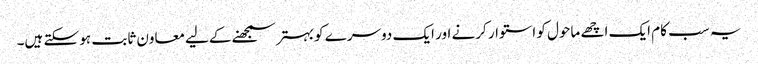
یہ سب کام ایک اچھے ماحول کو استوار کرنے اور ایک دوسرے کو بہتر سمجھنے کےلیے معاون ثابت ہو سکتے ہیں۔